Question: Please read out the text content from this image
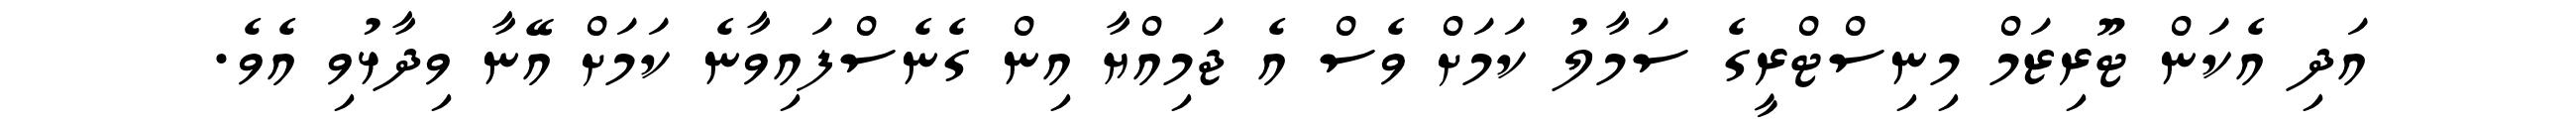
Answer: އަދި އެކަން ޓޫރިޒަމް މިނިސްޓްރީގެ ސަމާލު ކަމަށް ވެސް އެ ޖަމިއްޔާ އިން ގެނެސްފައިވާނެ ކަމަށް އޭނާ ވިދާޅުވި އެވެ.